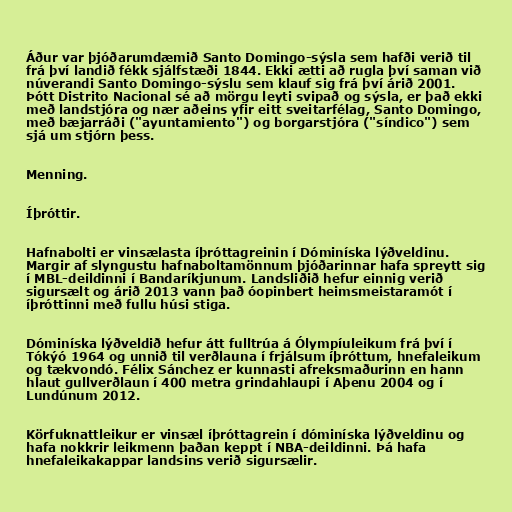
Áður var þjóðarumdæmið Santo Domingo-sýsla sem hafði verið til
frá því landið fékk sjálfstæði 1844. Ekki ætti að rugla því saman við
núverandi Santo Domingo-sýslu sem klauf sig frá því árið 2001.
Þótt Distrito Nacional sé að mörgu leyti svipað og sýsla, er það ekki
með landstjóra og nær aðeins yfir eitt sveitarfélag, Santo Domingo,
með bæjarráði ("ayuntamiento") og borgarstjóra ("síndico") sem
sjá um stjórn þess.

Menning.

Íþróttir.

Hafnabolti er vinsælasta íþróttagreinin í Dóminíska lýðveldinu.
Margir af slyngustu hafnaboltamönnum þjóðarinnar hafa spreytt sig
í MBL-deildinni í Bandaríkjunum. Landsliðið hefur einnig verið
sigursælt og árið 2013 vann það óopinbert heimsmeistaramót í
íþróttinni með fullu húsi stiga.

Dóminíska lýðveldið hefur átt fulltrúa á Ólympíuleikum frá því í
Tókýó 1964 og unnið til verðlauna í frjálsum íþróttum, hnefaleikum
og tækvondó. Félix Sánchez er kunnasti afreksmaðurinn en hann
hlaut gullverðlaun í 400 metra grindahlaupi í Aþenu 2004 og í
Lundúnum 2012.

Körfuknattleikur er vinsæl íþróttagrein í dóminíska lýðveldinu og
hafa nokkrir leikmenn þaðan keppt í NBA-deildinni. Þá hafa
hnefaleikakappar landsins verið sigursælir.